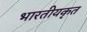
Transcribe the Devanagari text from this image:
भारतीयकृत